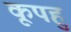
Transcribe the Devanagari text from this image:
कूपहु